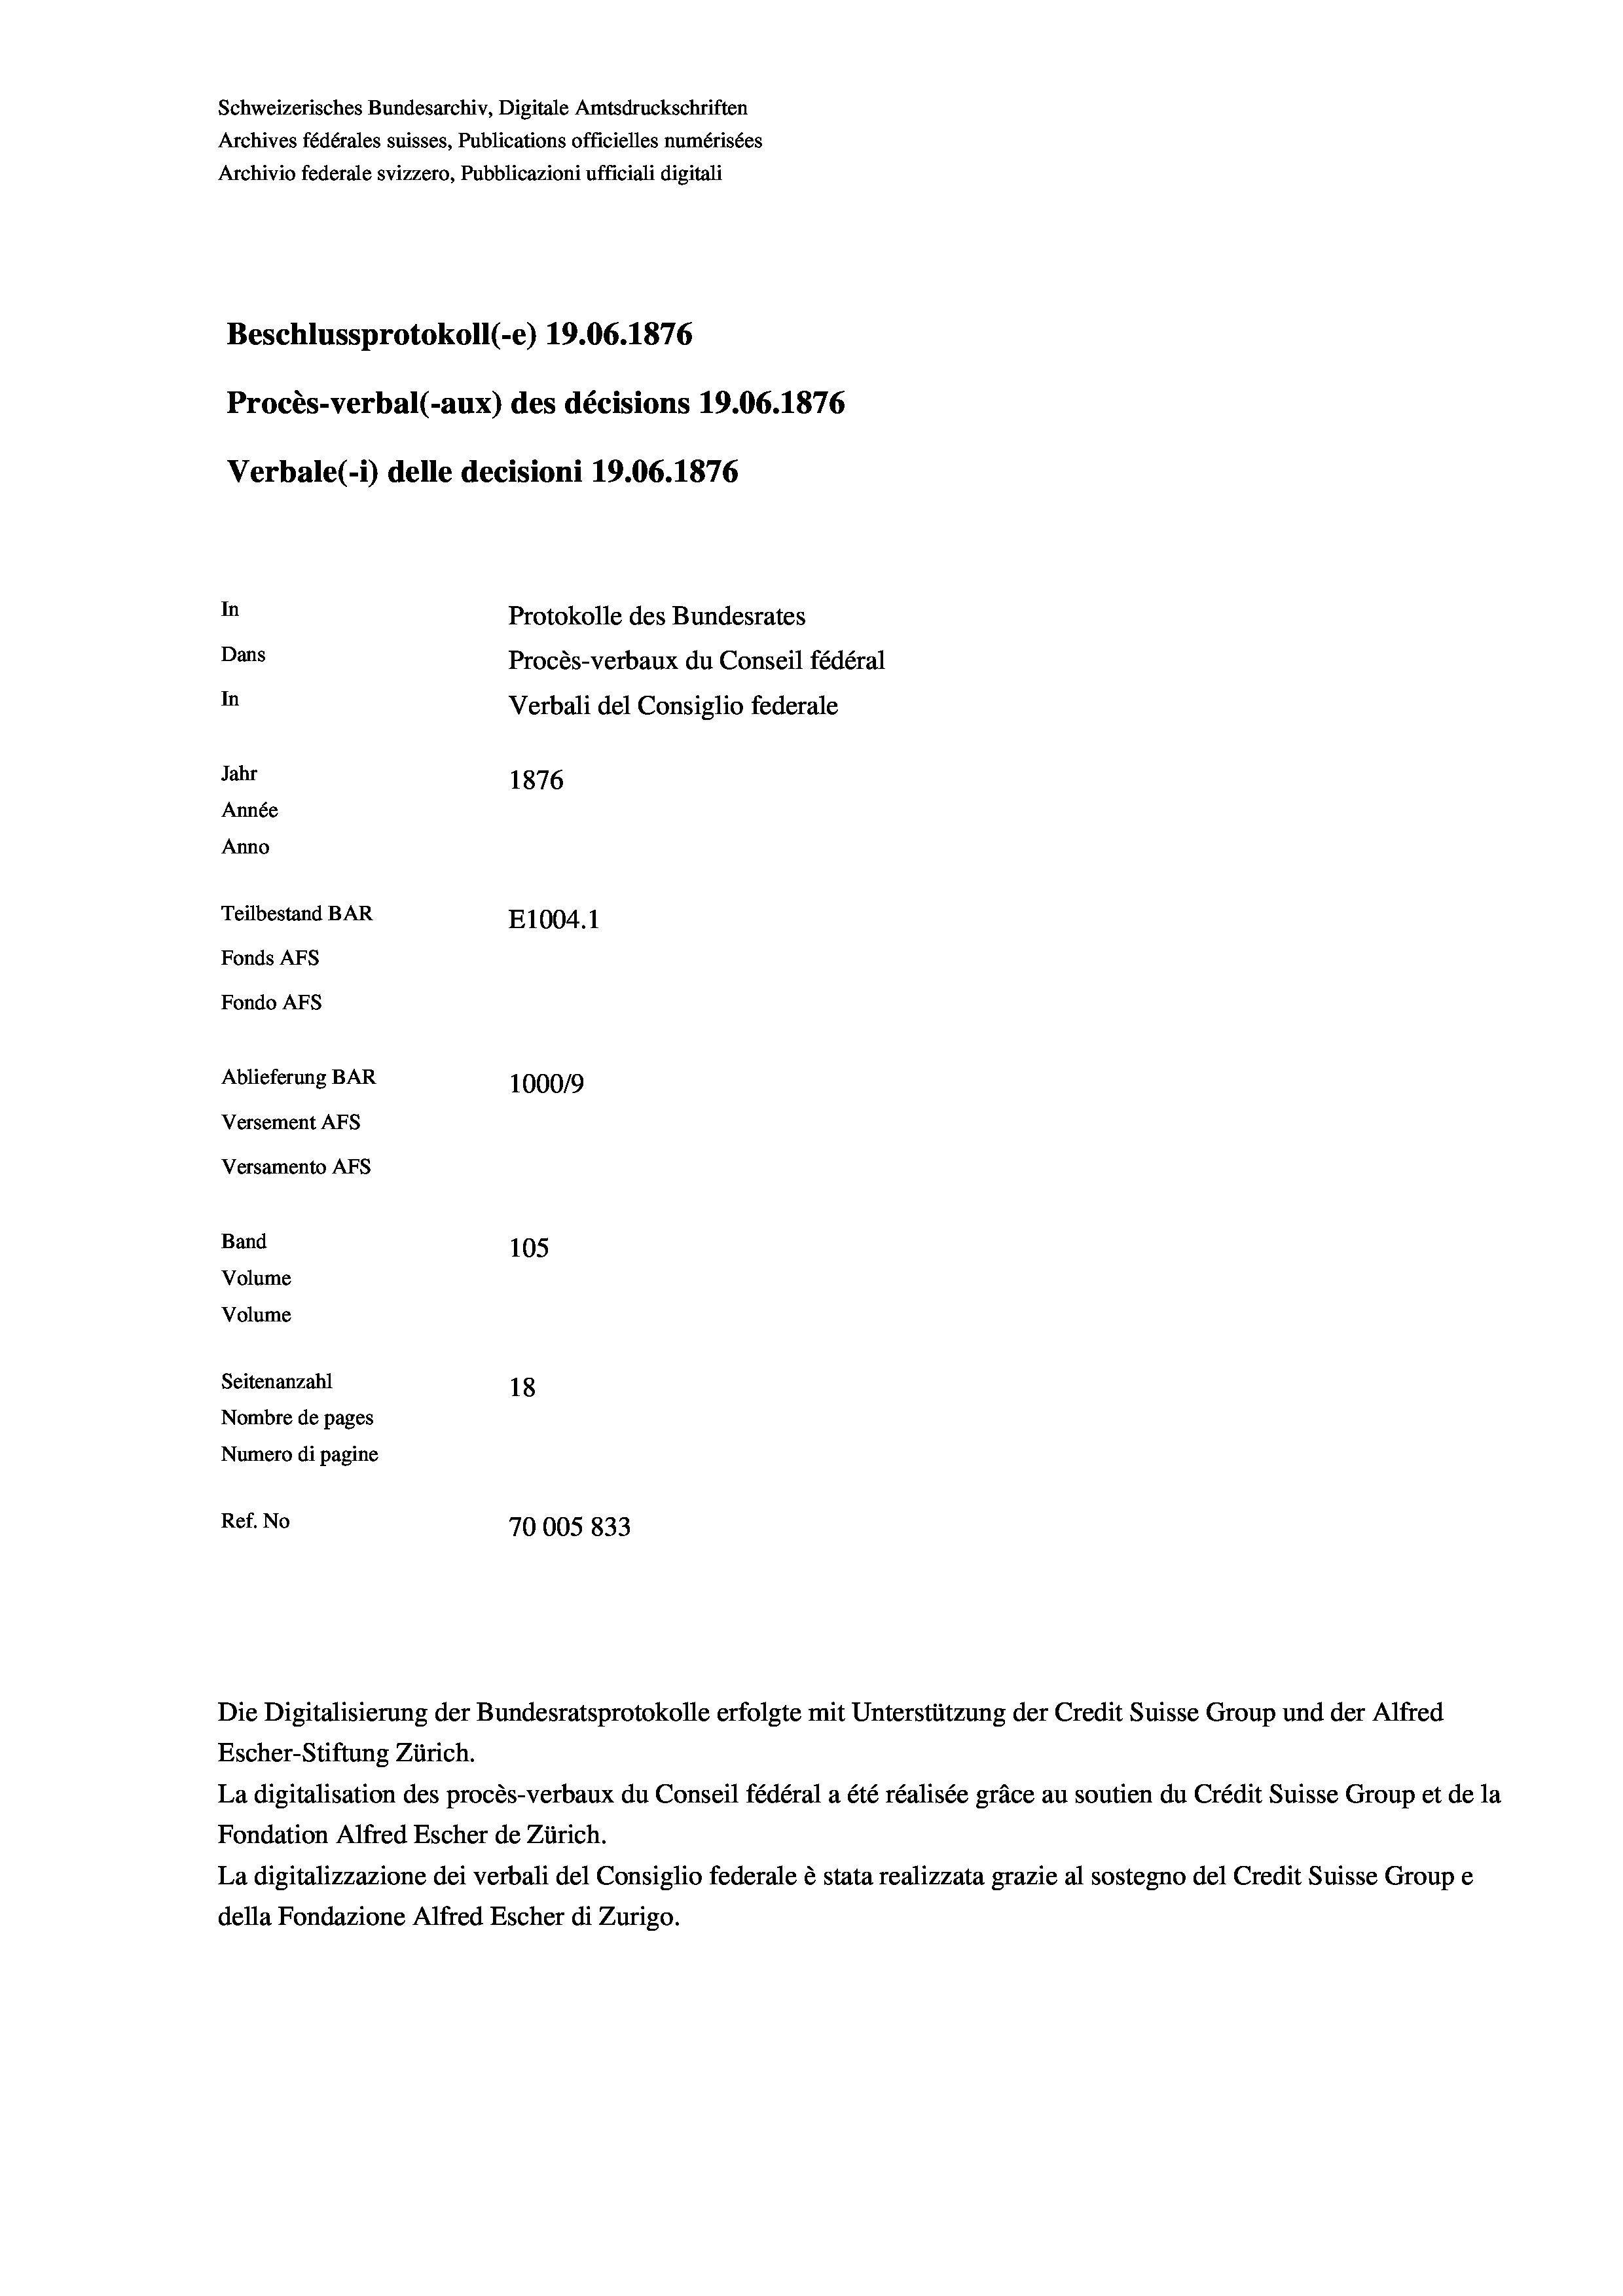
Schweizerisches Bundesarchiv, Digitale Amtsdruckschriften
Archives fédérales suisses, Publications officielles numérisées
Archivio federale svizzero, Pubblicazioni ufficiali digitali
Beschlussprotokoll (-e) 19.06. 1876
Procès-verbal (-aux) des décisions 19.06. 1876
Verbale (1) delle decisioni 1906. 1876
In
Protokolle des Bundesrates
Dans
Procès-verbaux du Conseil fédéral
In
Verbali del Consiglio federale
Jahr
1876
Année
Anno
Teilbestand BAR
E1004. 1
Fonds AFs
Fondo AFs
Ablieferung BAR
100019
Versement AFS
Versamento AFS
Band
105
Volume
Volume
Seitenanzahl
18
Nombre de pages
Numero di pagine
Ref. No
70005 833

Escher-Stiftung Zürich.
La digitalisation des procès-verbaux du Conseil fédéral a été réalisée gräce au soutien du Crédit Suisse Group et de la
Fondation Alfred Escher de Zürich.
La digitalizzazione dei verbali del Consiglio federale è stata realizzata grazie al sostegno del Credit Suisse Groupe
della Fondazione Alfred Escher di Zurigo.

Die Digitalisierung der Bundesratsprotokolle erfolgte mit Unterstützung der Credit Suisse Group und der Alfred